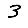
Digit: 3